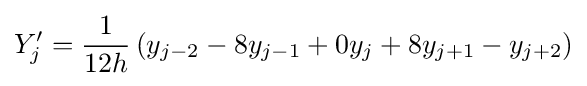
Y'_{j}={\frac {1}{12h}}\left(y_{j-2}-8y_{j-1}+0y_{j}+8y_{j+1}-y_{j+2}\right)